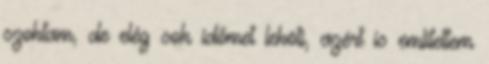
szoktam, de elég sok időmet leköti, azért is említettem